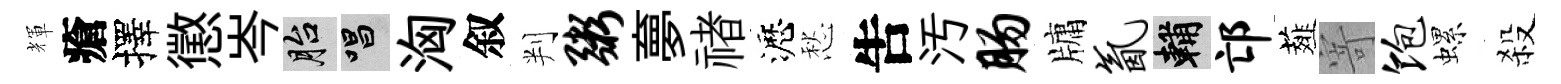
輝瘡擇懲岑胎唱洶叙判粥夣禇瀝愁吿汚肠牗氤輔邙薤寄饱螺殺